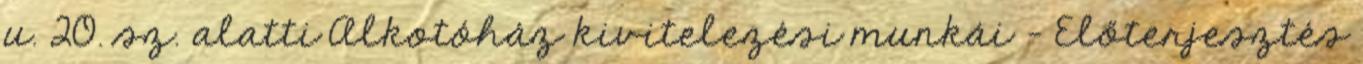
u. 20. sz. alatti Alkotóház kivitelezési munkái - Előterjesztés